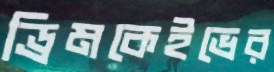
ড্রিমকেইভের